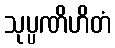
သုပ္ပဏိဟိတံ